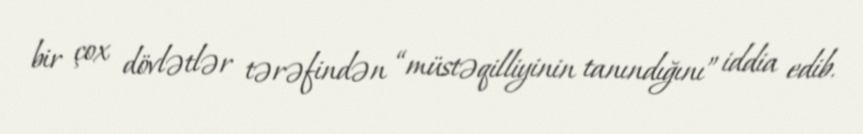
bir çox dövlətlər tərəfindən “müstəqilliyinin tanındığını” iddia edib.